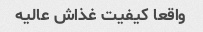
واقعا کیفیت غذاش عالیه